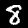
Digit: 8